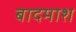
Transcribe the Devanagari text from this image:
बादमाश